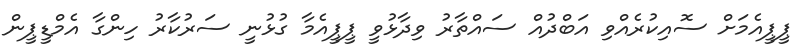
ޕީޕީއެމަށް ސޮއިކުރެއްވި އަބްދުއް ސައްތާރު ވިދާޅުވީ ޕީޕީއެމާ ގުޅުނީ ސަރުކާރު ހިންގާ އެމްޑީޕީން